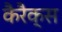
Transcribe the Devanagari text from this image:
कैरैक्स